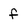
Character: f